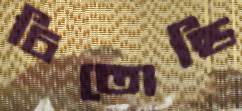
চিতোন্ডি